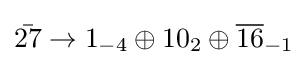
{\bar {27}}\rightarrow 1_{-4}\oplus 10_{2}\oplus {\overline {16}}_{-1}